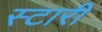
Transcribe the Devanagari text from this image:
स्टारी